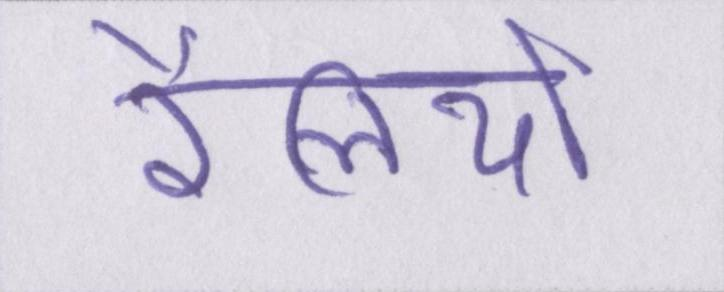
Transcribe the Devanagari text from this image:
रैलियों